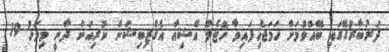
ދަރުބާރުގޭގައި ބޭއްވުމަށް ހަމަޖެހިފައިވާ ހޮޓެލް އޭޝިއާ އެގްޒިބިޝަން ކުރިއަށް ދާނީ މިމަހު 19